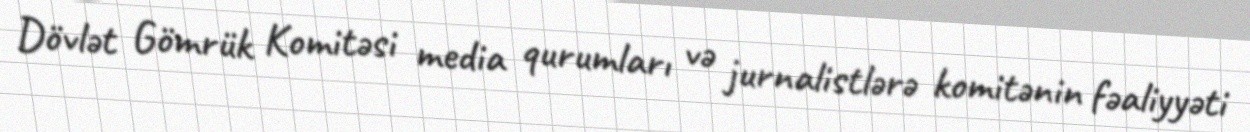
Dövlət Gömrük Komitəsi media qurumları və jurnalistlərə komitənin fəaliyyəti